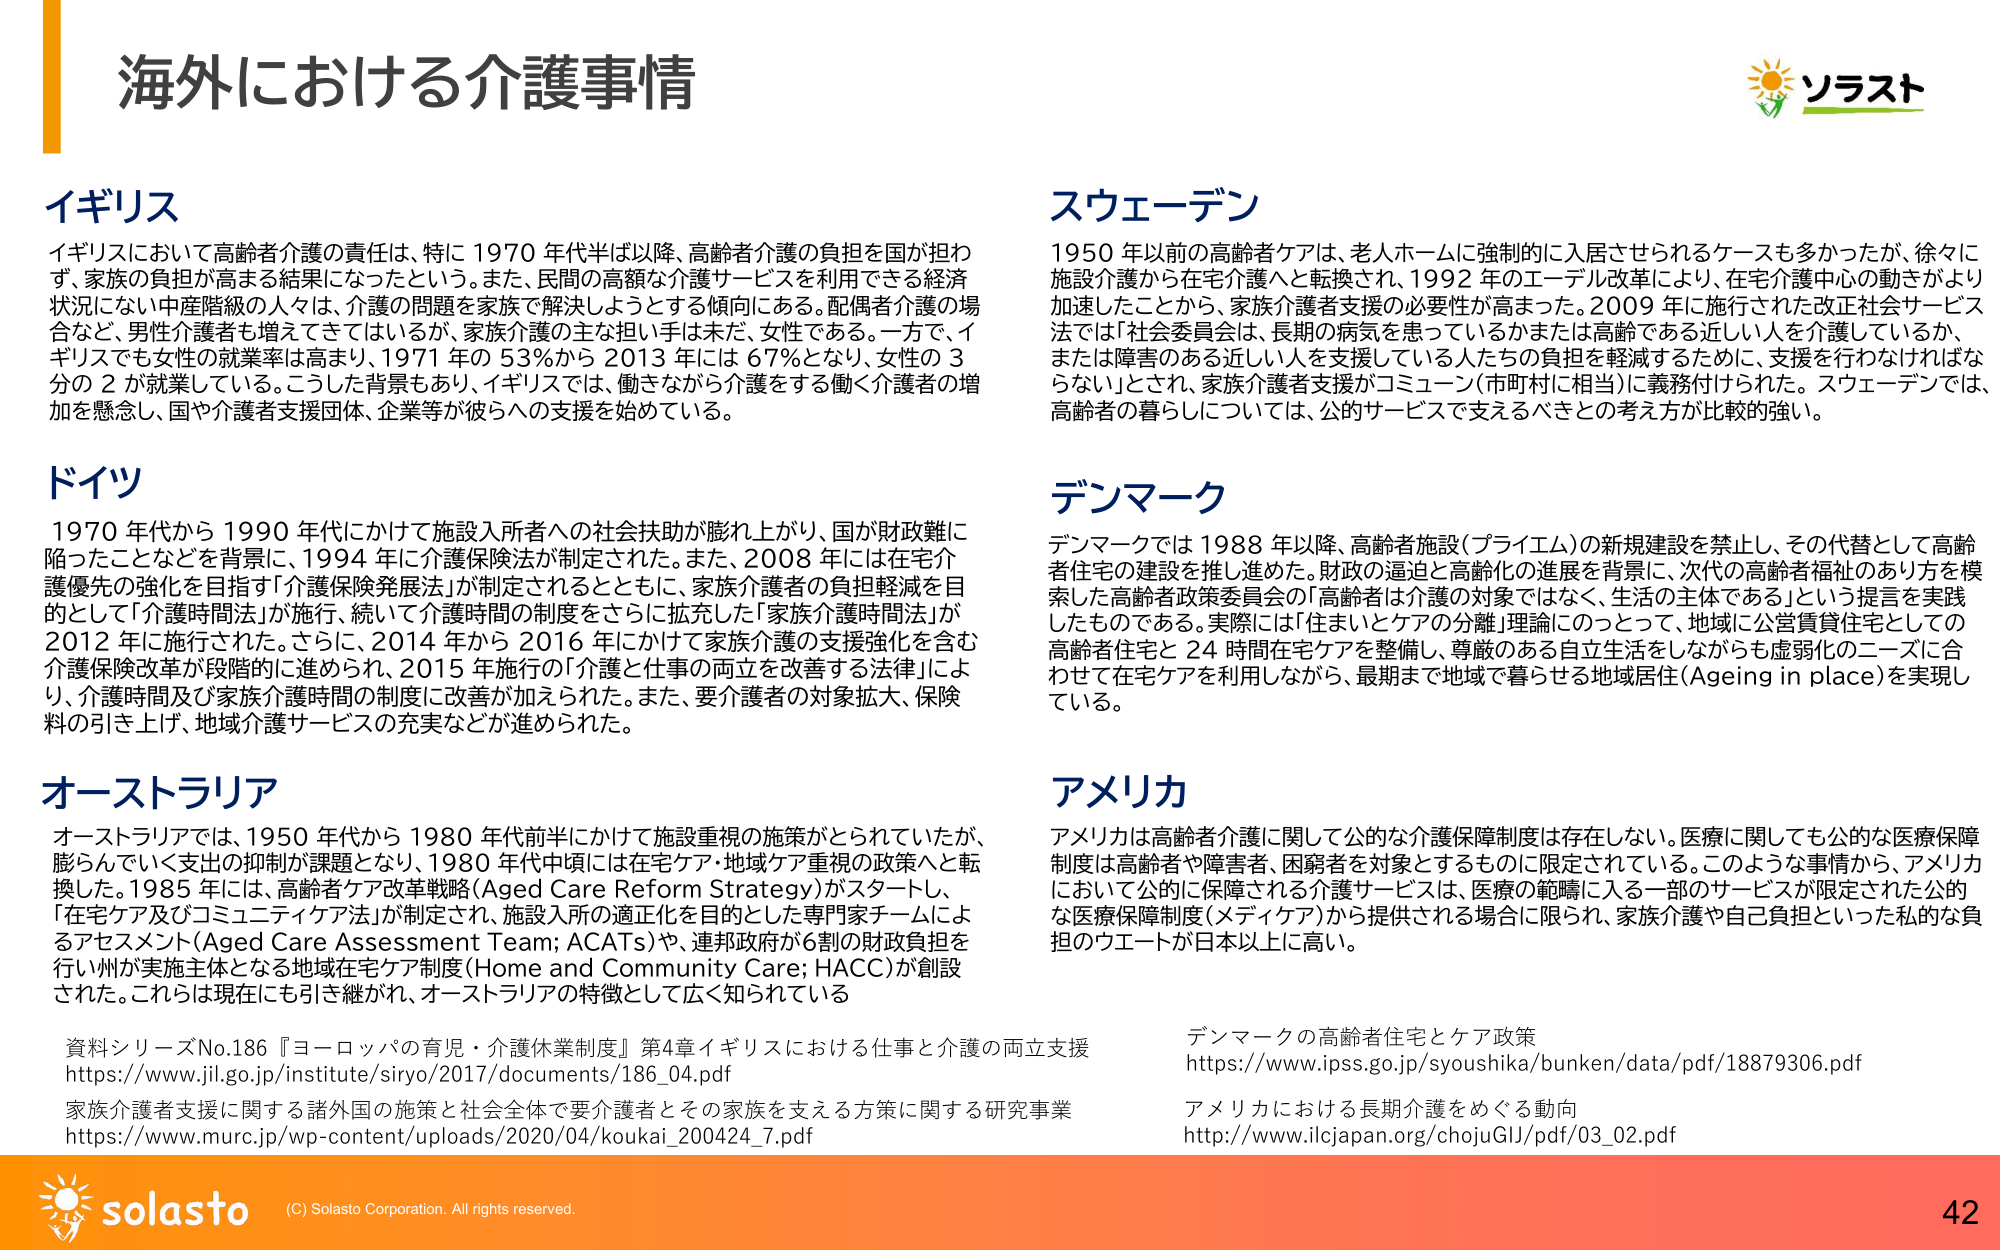
海外における介護事情

イギリス
イギリスにおいて高齢者介護の責任は、特に 1970 年代半ば以降、高齢者介護の負担を国が担わず、家族の負担が高まる結果になったという。また、民間の高額な介護サービスを利用できる経済状況にない中産階級の人々は、介護の問題を家族で解決しようとする傾向にある。配偶者介護の場合など、男性介護者も増えてきてはいるが、家族介護の主な担い手は未だ、女性である。一方で、イギリスでも女性の就業率は高まり、1971 年の 53%から 2013 年には 67%となり、女性の 3分の 2 が就業している。こうした背景もあり、イギリスでは、働きながら介護をする働く介護者の増加を懸念し、国や介護者支援団体、企業等が彼らへの支援を始めている。

ドイツ
1970 年代から 1990 年代にかけて施設入所者への社会扶助が膨れ上がり、国が財政難に陥ったことなどを背景に、1994 年に介護保険法が制定された。また、2008 年には在宅介護優先の強化を目指す「介護保険発展法」が制定されるとともに、家族介護者の負担軽減を目的として「介護時間法」が施行、続いて介護時間の制度をさらに拡充した「家族介護時間法」が2012 年に施行された。さらに、2014 年から 2016 年にかけて家族介護の支援強化を含む介護保険改革が段階的に進められ、2015 年施行の「介護と仕事の両立を改善する法律」により、介護時間及び家族介護時間の制度に改善が加えられた。また、要介護者の対象拡大、保険料の引き上げ、地域介護サービスの充実などが進められた。

オーストラリア
オーストラリアでは、1950 年代から 1980 年代前半にかけて施設重視の施策がとられていたが、膨らんでいく支出の抑制が課題となり、1980 年代中頃には在宅ケア・地域ケア重視の政策へと転換した。1985 年には、高齢者ケア改革戦略（Aged Care Reform Strategy）がスタートし、「在宅ケア及びコミュニティケア法」が制定され、施設入所の適正化を目的とした専門家チームによるアセスメント（Aged Care Assessment Team; ACATs）や、連邦政府が6割の財政負担を行い州が実施主体となる地域在宅ケア制度（Home and Community Care; HACC）が創設された。これらは現在にも引き継がれ、オーストラリアの特徴として広く知られている

スウェーデン
1950 年以前の高齢者ケアは、老人ホームに強制的に入居させられるケースも多かったが、徐々に施設介護から在宅介護へと転換され、1992 年のエーデル改革により、在宅介護中心の動きがより加速したことから、家族介護者支援の必要性が高まった。2009 年に施行された改正社会サービス法では「社会委員会は、長期の病気を患っているかまたは高齢である近しい人を介護しているか、または障害のある近しい人を支援している人たちの負担を軽減するために、支援を行わなければならぬ」とされ、家族介護者支援がコミューン（市町村に相当）に義務付けられた。スウェーデンでは、高齢者の暮らしについては、公的サービスで支えるべきとの考え方が比較的強い。

デンマーク
デンマークでは 1988 年以降、高齢者施設（プライエム）の新規建設を禁止し、その代替として高齢者住宅の建設を推し進めた。財政の逼迫と高齢化の進展を背景に、次代の高齢者福祉のあり方を模索した高齢者政策委員会の「高齢者は介護の対象ではなく、生活の主体である」という提言を実践したものである。実際には「住まいとケアの分離」理論にのっとって、地域に公営賃貸住宅としての高齢者住宅と 24 時間在宅ケアを整備し、尊厳のある自立生活をしながらも虚弱化のニーズに合わせて在宅ケアを利用しながら、最期まで地域で暮らせる地域居住（Ageing in place）を実現している。

アメリカ
アメリカは高齢者介護に関して公的な介護保障制度は存在しない。医療に関しても公的な医療保障制度は高齢者や障害者、困窮者を対象とするものに限定されている。このような事情から、アメリカにおいて公的に保障される介護サービスは、医療の範疇に入る一部のサービスが限定された公的な医療保障制度（メディケア）から提供される場合に限られ、家族介護や自己負担といった私的な負担のウエートが日本以上に高い。

資料シリーズNo.186『ヨーロッパの育児・介護休業制度』第4章イギリスにおける仕事と介護の両立支援
https://www.jil.go.jp/institute/siryo/2017/documents/186_04.pdf
家族介護者支援に関する諸外国の施策と社会全体で要介護者とその家族を支える方策に関する研究事業
https://www.murc.jp/wp-content/uploads/2020/04/koukai_200424_7.pdf

デンマークの高齢者住宅とケア政策
https://www.ipss.go.jp/syoushika/bunken/data/pdf/18879306.pdf
アメリカにおける長期介護をめぐる動向
http://www.ilcjpain.org/chojuGU/pdf/03_02.pdf

ソラスト
solasto
(C) Solasto Corporation. All rights reserved.
42